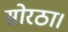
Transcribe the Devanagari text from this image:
सोरठा।